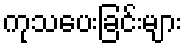
ကုသပေးခြင်းများ